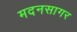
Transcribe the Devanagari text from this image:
मदनसागर